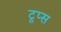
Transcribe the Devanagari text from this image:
टूप्स